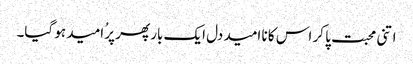
اتنی محبت پا کر اس کا نا امید دل ایک بار پھر پرُ امید ہو گیا۔